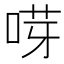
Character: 𠵝